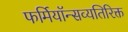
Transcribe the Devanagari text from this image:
फर्मियॉन्सव्यतिरिक्त